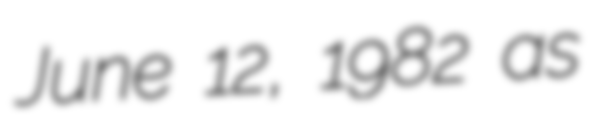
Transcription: June 12, 1982 as